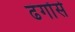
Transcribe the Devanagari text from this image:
ढंगोंसे